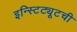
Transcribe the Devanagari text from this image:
इन्स्टिट्यूटची